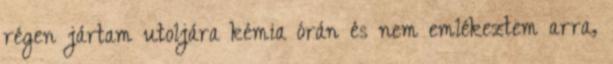
régen jártam utoljára kémia órán és nem emlékeztem arra,